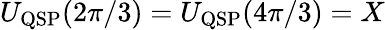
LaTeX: U_{\mathrm{QSP}}(2\pi/3)=U_{\mathrm{QSP}}(4\pi/3)=X